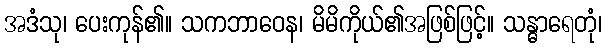
အဒံသု၊ ပေးကုန်၏။ သကဘာဝေန၊ မိမိကိုယ်၏အဖြစ်ဖြင့်။ သန္ဓာရေတုံ၊